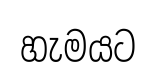
හැමයට